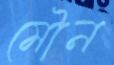
মৌন